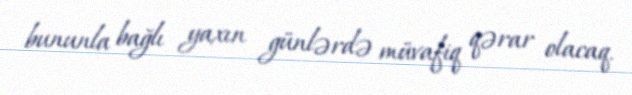
bununla bağlı yaxın günlərdə müvafiq qərar olacaq.